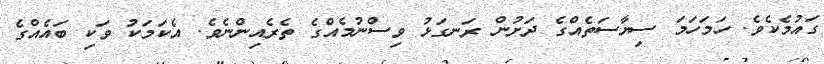
ގައުމެކެވެ. ހަމަހަމަ ސިޔާސަތެއްގެ ދަށުން ރަނގަޅު ވިސްނުމެއްގެ ތެރެއިންނެވެ. އެކަމަކު ވަކި ބައެއްގެ